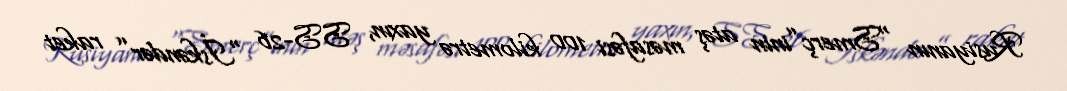
Rusiyanın “Smerç”inin atəş məsafəsi 100 kilometrə yaxın, SS-26 “İskəndər” raket